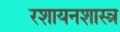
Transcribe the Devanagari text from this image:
रशायनशास्त्र